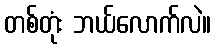
တစ်တုံး ဘယ်လောက်လဲ။